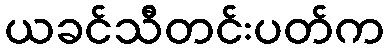
ယခင်သီတင်းပတ်က